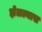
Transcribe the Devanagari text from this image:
झेलल्यास